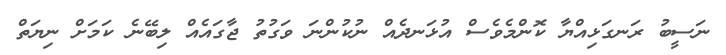
ނަސީބު ރަނގަޅިއްޔާ ކޮންމެވެސް އުޅަނދެއް ނުކުންނަ ވަގުތު ޖާގައެއް ލިބޭނެ ކަމަށް ނިޔަތް